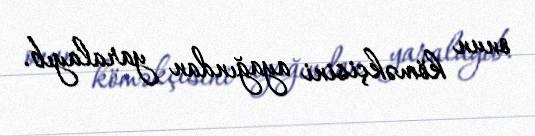
onun köməkçisini ayağından yaralayıb.